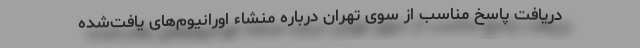
دریافت پاسخ مناسب از سوی تهران درباره منشاء اورانیوم‌های یافت‌شده